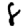
Digit: 8